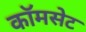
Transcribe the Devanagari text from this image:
कॉमसेट